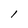
Character: l